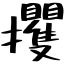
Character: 攫